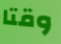
وقتا